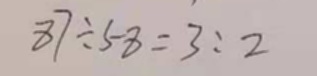
8 7 : 5 8 = 3 : 2